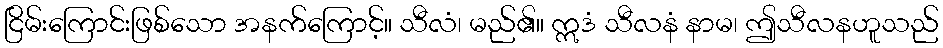
ငြိမ်းကြောင်းဖြစ်သော အနက်ကြောင့်။ သီလံ၊ မည်၏။ ဣဒံ သီလနံ နာမ၊ ဤသီလနဟူသည်